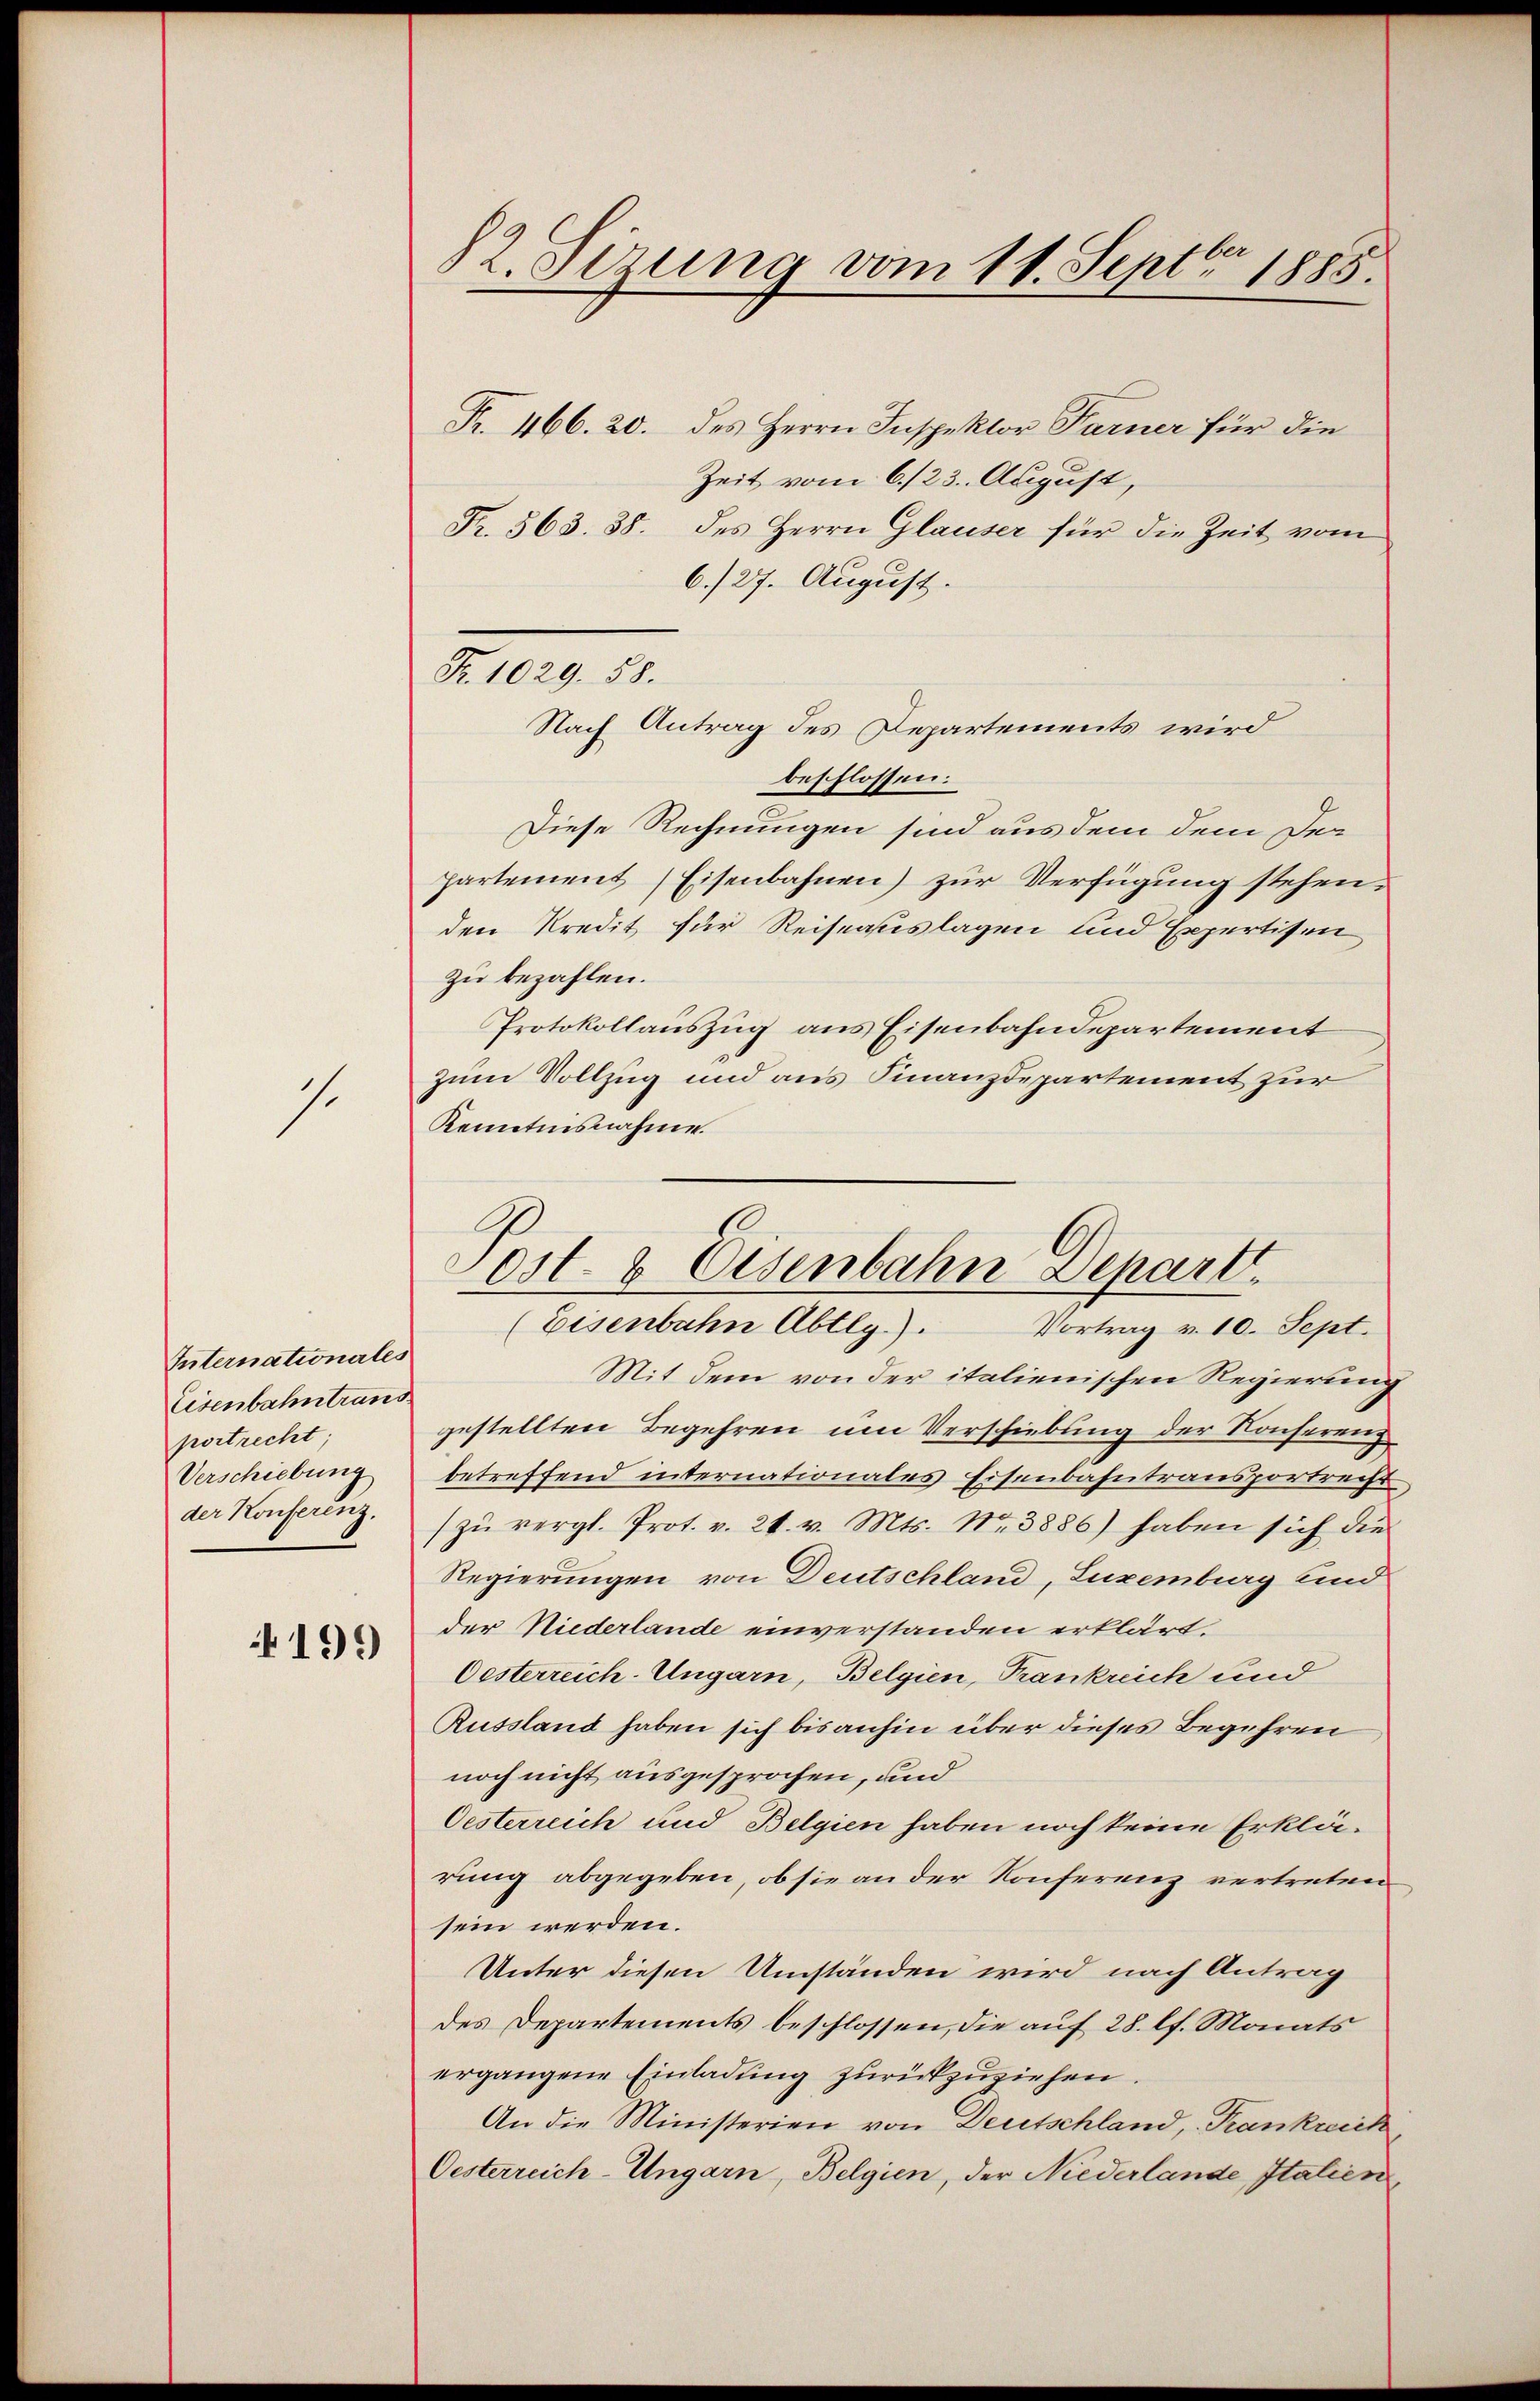
1.

Internationales
Eisenbahntrans
portrecht;
Verschiebung
der Konferenz.
199

82. Sizung vom 11. Septbr. 1885.

Fr. 466. 20. des Herrn Inspektor Farner für die
Zeit vom 6./23. August,
Fr. 563. 38. des Herrn Glauser für die Zeit vom
6./27. August.
Fr. 1029. 58.
Nach Antrag des Departements wird
beschlossen:
Diese Rechnungen sind aus dem dem Der
partement Eisenbahnen) zur Verfügung stehen.
den Kredit für Reiseauslagen und Expertisen
zu bezahlen.
Protokollauszug aus Eisenbahndepartement
zum Vollzug und aus Finanzdepartement zur
Kenntnisnahme.
Vortrag v. 10. Sept.
Mit dem von der italienischen Regierung
gestellten Begehren um Verschiebung der Konserenz
betreffend internationales Eisenbahntransportrecht
zŭ vergl. Prot. v. 21. v. Mts. Nr. 3886) haben sich die
Regierungen von Deutschland, Luzemberg und
der Niederlande einverstanden erklärt.
Oesterreich-Ungarn, Belgien, Trankreich und
Russland haben sich bis anhin über dieses Begehren
noch nicht ausgesprochen, und
Oesterreich und Belgien haben noch keine Erklärung abgegeben, ob sie an der Konferenz vertreten
sein werden.
Unter diesen Umständen wird nach Antrag
des Departements beschlossen, die auf 28. lt. Monats
ergangene Einladung zurückzuziehen.
An die Ministerien von Deutschland, Krankreich
Oesterreich-Ungarn, Belgien, der Niederlande Italien,

Post- & Eisenbahn Departt
(Eisenbahn Abtlg.).